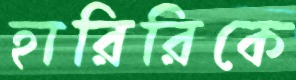
হারিরিকে